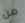
من